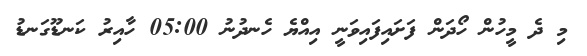
މި ދެ މީހުން ހޯދަން ފަށައިފައިވަނީ އިއްޔެ ހެނދުނު 05:00 ހާއިރު ކަނޑޫގަނޑު